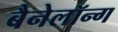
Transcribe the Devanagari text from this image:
बैनेलॉन्ग